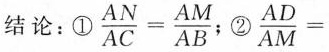
M结论：① $$\frac{AN}{AC}= \frac{AM}{AB}$$; ② $$\frac{AD}{AM}=$$